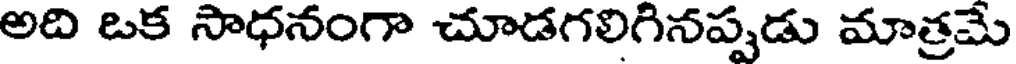
అది ఒక సాధనంగా చూడగలిగినప్పడు మాత్రమే